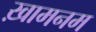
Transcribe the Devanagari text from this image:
ख़ामनम